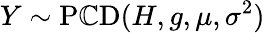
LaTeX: Y\sim\operatorname{P\mathbb{C}D}(H,g,\mu,\sigma^{2})